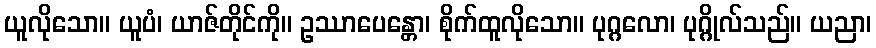
ယူလိုသော။ ယူပံ၊ ယာဇ်တိုင်ကို။ ဥဿာပေန္တော၊ စိုက်ထူလိုသော။ ပုဂ္ဂလော၊ ပုဂ္ဂိုလ်သည်။ ယညာ၊